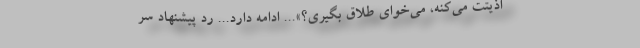
اذیتت می‌کنه، می‌خوای طلاق بگیری؟»... ادامه دارد... رد پیشنهاد سر